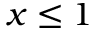
x \leq 1